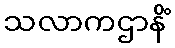
သလာကဌာနိံ